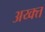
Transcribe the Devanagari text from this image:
अय्क्त्त